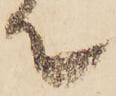
て